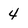
Character: 4